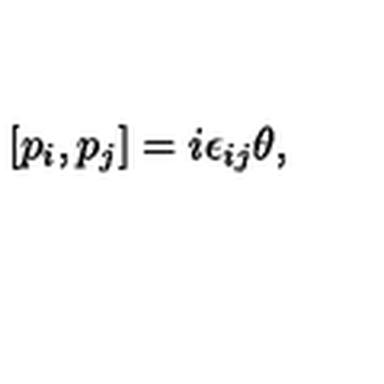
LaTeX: \left[ p _ { i } , p _ { j } \right] = i \epsilon _ { i j } \theta ,